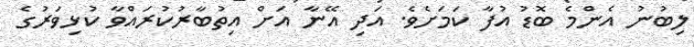
ލިބުނު އެންމެ ބޮޑު އުފާ ކަމަށެވެ. އަދި އޭނާ އަށް އިތުބާރުކުރައްވާ ކުޅިވަރުގެ